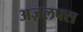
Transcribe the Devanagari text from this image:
अज़लफ्स